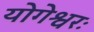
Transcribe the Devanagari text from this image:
योगेश्वरः